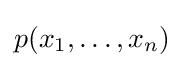
p(x_{1},\dots ,x_{n})